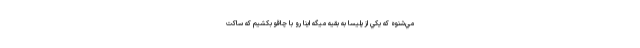
مي‌شنوه كه يكي از پليسا به بقيه ميگه اينا رو با چاقو بكشيم كه ساكت